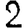
Digit: 2